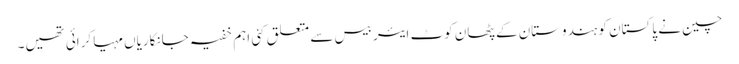
چین نے پاکستان کو ہندوستان کے پٹھان کوٹ ایئر بیس سے متعلق کئی اہم خفیہ جانکاریاں مہیا کرائی تھیں۔